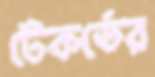
টেকর্ডের